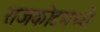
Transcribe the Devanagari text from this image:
राजकोटमध्ये